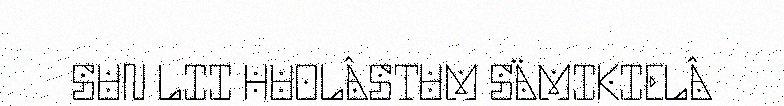
SUN LII HUOLÂSTUM SÄMIKIELÂ